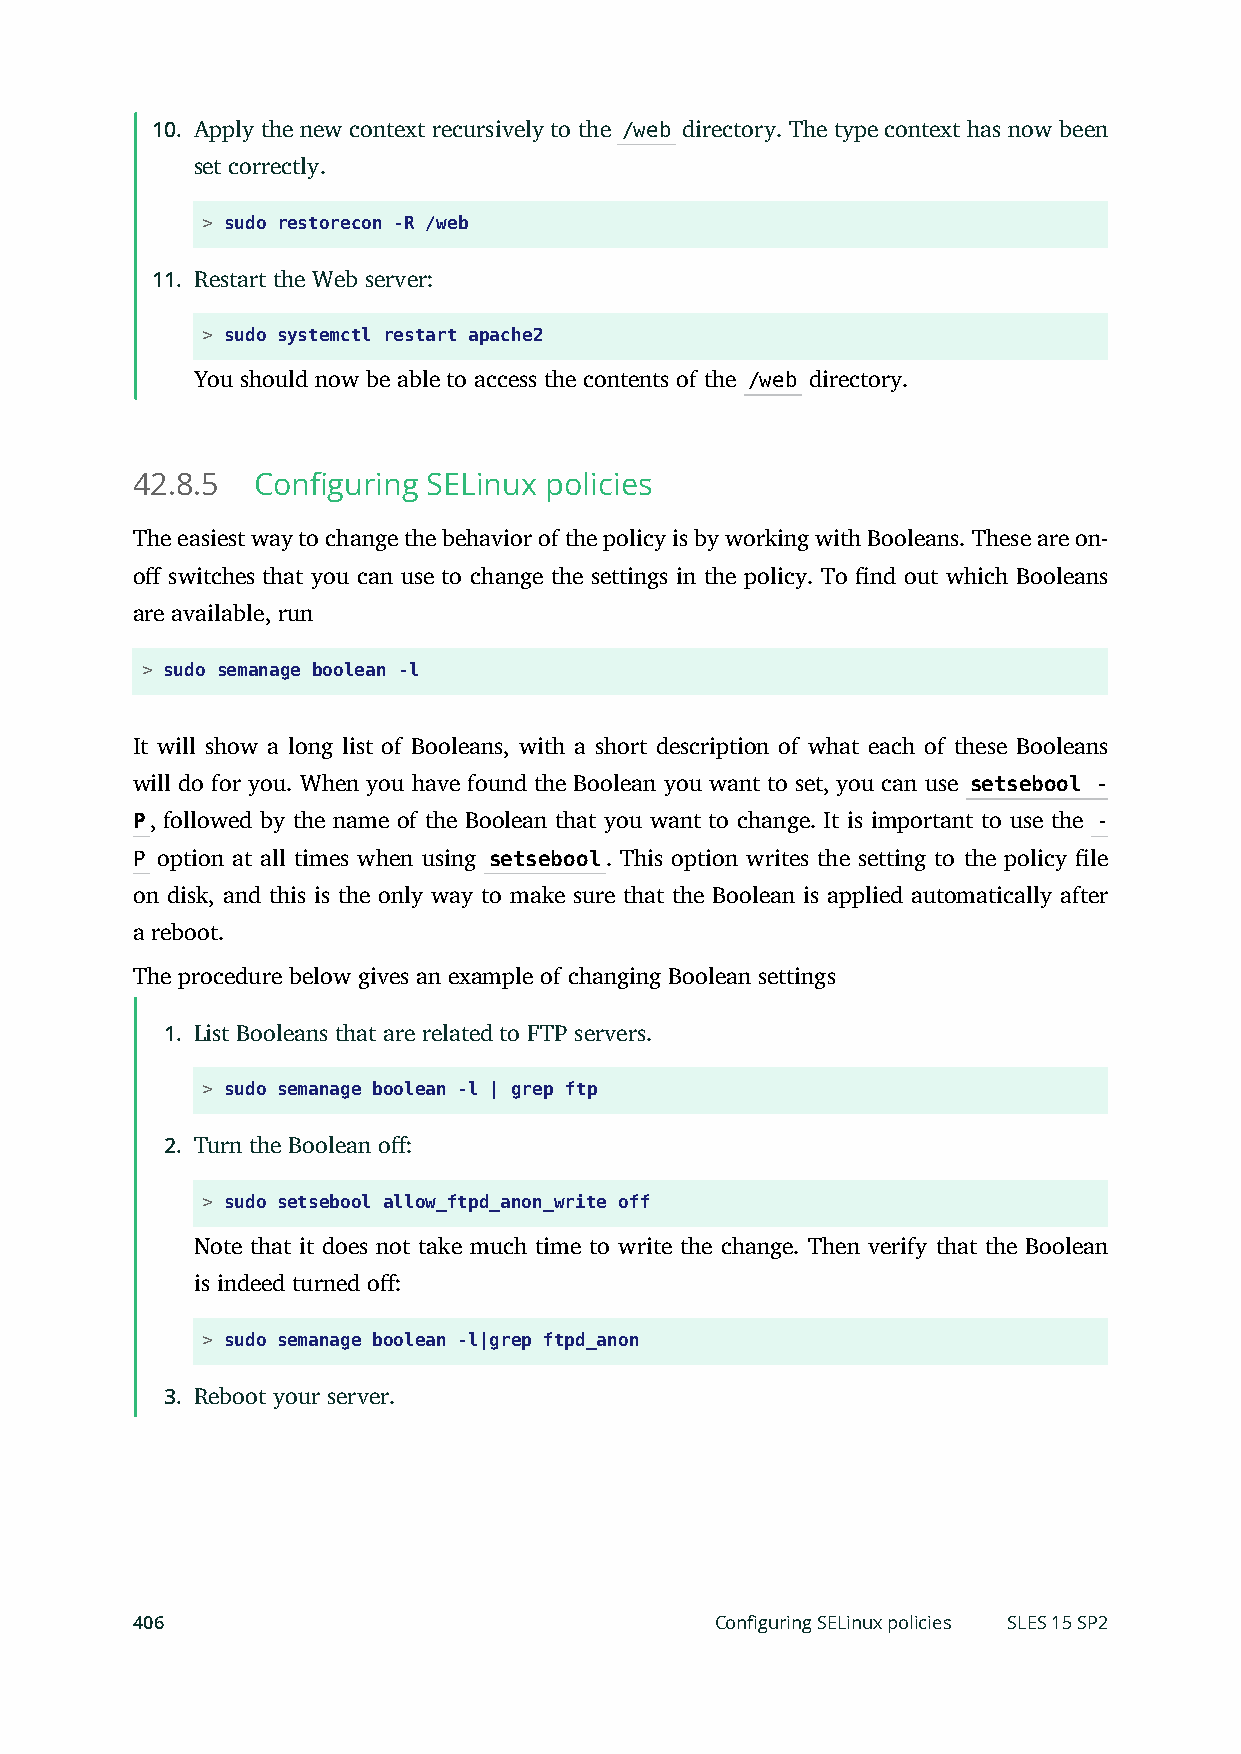
10. Apply the new context recursively to the /web directory. The type context has now been
 set correctly.
 > sudo restorecon -R /web
 11. Restart the Web server:
 > sudo systemctl restart apache2
 You should now be able to access the contents of the /web directory.
 42.8.5  Configuring SELinux policies
 The easiest way to change the behavior of the policy is by working with Booleans. These are on-
 o switches that you can use to change the settings in the policy. To nd out which Booleans
 are available, run
 > sudo semanage boolean -l
 It will show a long list of Booleans, with a short description of what each of these Booleans
 will do for you. When you have found the Boolean you want to set, you can use setsebool -
 P, followed by the name of the Boolean that you want to change. It is important to use the -
 P option at all times when using setsebool. This option writes the setting to the policy le
 on disk, and this is the only way to make sure that the Boolean is applied automatically after
 a reboot.
 The procedure below gives an example of changing Boolean settings
 1. List Booleans that are related to FTP servers.
 > sudo semanage boolean -l | grep ftp
 2. Turn the Boolean o:
 > sudo setsebool allow_ftpd_anon_write off
 Note that it does not take much time to write the change. Then verify that the Boolean
 is indeed turned o:
 > sudo semanage boolean -l|grep ftpd_anon
 3. Reboot your server.
 406                                   Configuring SELinux policies SLES 15 SP2